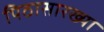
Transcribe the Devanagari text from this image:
पिठासारख्या